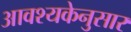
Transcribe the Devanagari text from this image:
आवश्यकेनुसार